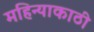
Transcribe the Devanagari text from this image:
महिन्याकाठी